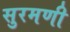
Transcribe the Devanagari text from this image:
सुरमणी